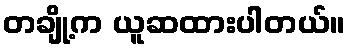
တချို့က ယူဆထားပါတယ်။